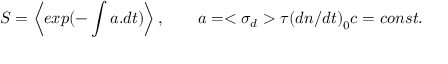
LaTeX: S = \left\langle e x p ( - \int a . d t ) \right\rangle , \qquad a = < { \sigma } _ { d } > \tau { ( d n / d t ) } _ { 0 } c = c o n s t .